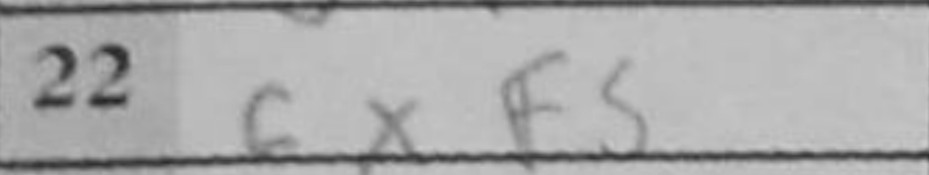
Transcription: cxf5